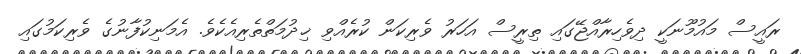
ރައީސް މައުމޫނަކީ ދިވެހިރާއްޖޭގައި ތިރީސް އަހަރު ވެރިކަން ކުރެއްވި ޚިދުމަތްތެރިއެކެވެ. އެމަނިކުފާނުގެ ވެރިކަމުގައި